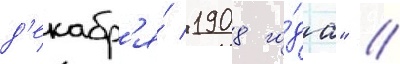
д'екабр'я́ 1908 го́да" //